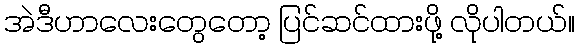
အဲဒီဟာလေးတွေတော့ ပြင်ဆင်ထားဖို့ လိုပါတယ်။